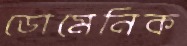
ডোমেনিক